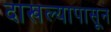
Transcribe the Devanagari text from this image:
दाखल्यापासून